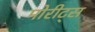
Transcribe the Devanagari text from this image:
मोरीट्स